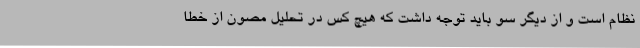
نظام است و از دیگر سو باید توجه داشت که هیچ کس در تحلیل مصون از خطا